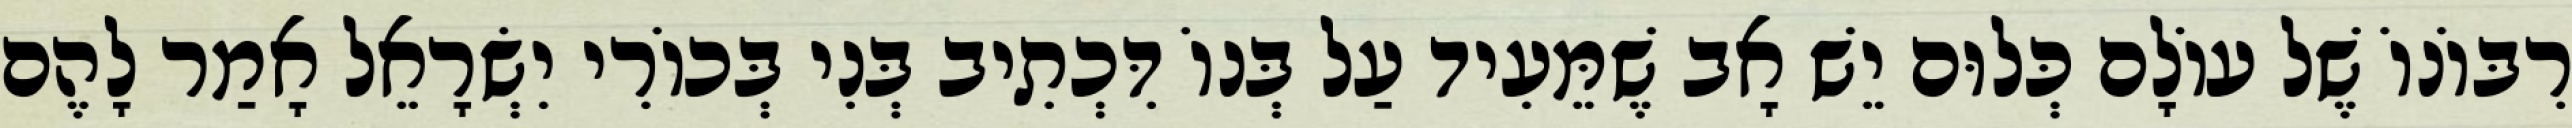
רִבּוֹנוֹ שֶׁל עוֹלָם כְּלוּם יֵשׁ אָב שֶׁמֵּעִיד עַל בְּנוֹ דִּכְתִיב בְּנִי בְּכוֹרִי יִשְׂרָאֵל אָמַר לָהֶם